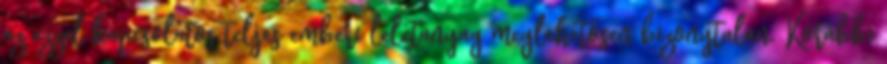
az ezzel kapcsolatos teljes emberi leletanyag meglehetősen bizonytalan. Korábbi